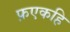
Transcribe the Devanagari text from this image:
फ़एकहि